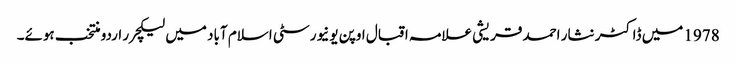
1978 میں ڈاکٹر نثار احمد قریشی علامہ اقبال اوپن یونیورسٹی اسلام آباد میں لیکچرر اردو منتخب ہوئے۔